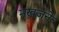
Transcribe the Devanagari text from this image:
मखज़ने